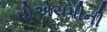
પીએચપીની